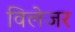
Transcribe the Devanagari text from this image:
विलेजर